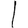
Digit: 1